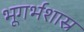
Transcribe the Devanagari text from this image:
भूगर्भशास्र